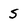
Character: s